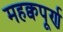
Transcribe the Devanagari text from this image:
महक्वपूर्ण